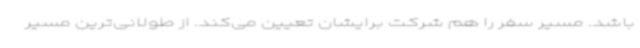
باشد. مسیر سفر را هم شرکت برایشان تعیین می‌کند. از طولانی‌ترین مسیر